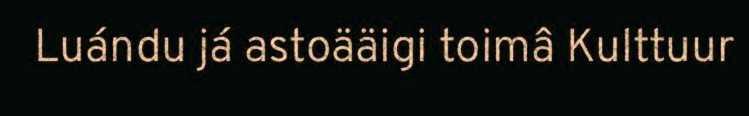
Luándu já astoääigi toimâ Kulttuur